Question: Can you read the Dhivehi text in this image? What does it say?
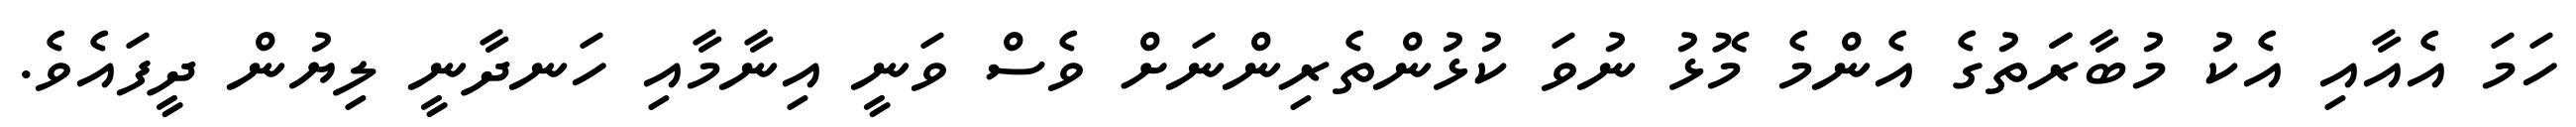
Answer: ހަމަ އެއާއި އެކު މުބާރަަތުގެ އެންމެ މޮޅު ނުވަ ކުޅުންތެރިންނަށް ވެސް ވަނީ އިނާމާއި ހަނދާނީ ލިޔުން ދީފައެވެ.